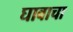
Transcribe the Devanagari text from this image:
घावाचा